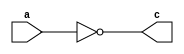
// Code your design here
module notgate(input a, output c);
  assign c = !a;
endmodule